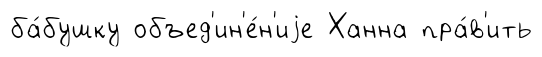
ба́бушку объед'ин'е́н'иjе Ханна пра́в'ить